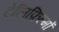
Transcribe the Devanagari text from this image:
टेलिफ़िल्मों